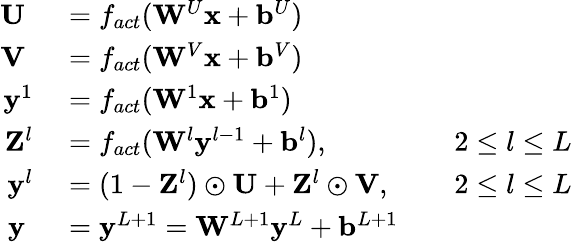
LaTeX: \begin{array}{rlrl}{\mathbf{U}\; }&{{}=f_{act}(\mathbf{W}^{U}\mathbf{x}+\mathbf{b}^{U})}&{}&{{}}\\ {\mathbf{V}\; }&{{}=f_{act}(\mathbf{W}^{V}\mathbf{x}+\mathbf{b}^{V})}&{}&{{}}\\ {\mathbf{y}^{1}}&{{}=f_{act}(\mathbf{W}^{1}\mathbf{x}+\mathbf{b}^{1})}&{}&{{}}\\ {\mathbf{Z}^{l}}&{{}=f_{act}(\mathbf{W}^{l}\mathbf{y}^{l-1}+\mathbf{b}^{l}),}&{}&{{}2\le l\le L}\\ {\mathbf{y}^{l}}&{{}=(1-\mathbf{Z}^{l})\odot\mathbf{U}+\mathbf{Z}^{l}\odot\mathbf{V},}&{}&{{}2\le l\le L}\\ {\mathbf{y}\; }&{{}=\mathbf{y}^{L+1}=\mathbf{W}^{L+1}\mathbf{y}^{L}+\mathbf{b}^{L+1}}&{}&{{}}\end{array}